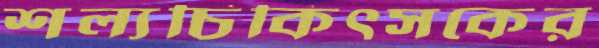
শল্যচিকিৎসকের